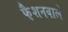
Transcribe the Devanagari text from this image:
फै़शनवाले